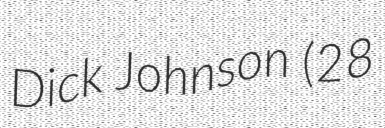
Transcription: Dick Johnson (28